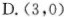
D.(3，0)